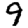
Digit: 9